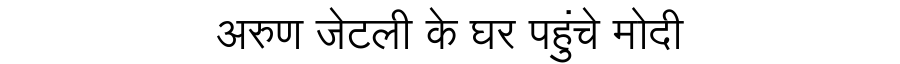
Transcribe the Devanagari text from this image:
अरुण जेटली के घर पहुंचे मोदी